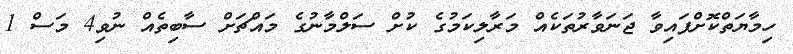
ހިމާޔަތްކޮށްފައިވާ ޖަނަވާރުތަކެއް މަރާލިކަމުގެ ކުށް ސަލްމާނުގެ މައްޗަށް ސާބިތެއް ނުވި4 މަސް 1